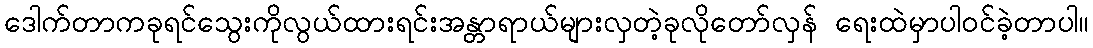
ဒေါက်တာကခုရင်သွေးကိုလွယ်ထားရင်းအန္တာရာယ်များလှတဲ့ခုလိုတော်လှန် ရေးထဲမှာပါဝင်ခဲ့တာပါ။